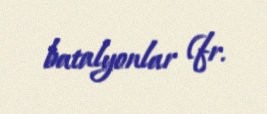
batalyonlar (fr.